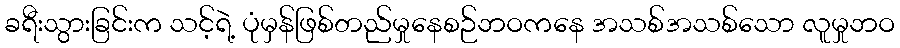
ခရီးသွားခြင်းက သင့်ရဲ့ ပုံမှန်ဖြစ်တည်မှုနေစဉ်ဘဝကနေ အသစ်အသစ်သော လူမှုဘဝ